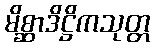
မိစ္ဆာဒိဋ္ဌိကသုတ္တ